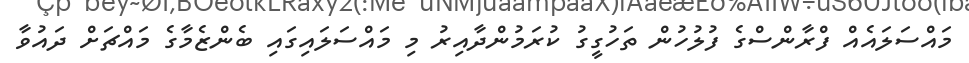
މައްސަލައެއް ފްރާންސްގެ ފުލުހުން ތަހުގީގު ކުރަމުންދާއިރު މި މައްސަލައިގައި ބެންޒެމާގެ މައްޗަށް ދައުވާ